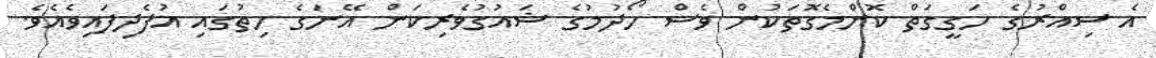
އެ ސިއްރުގެ ހަގީގަތް ކޮންމެގޮތަކުން ވެސް ހޯދުމުގެ ޝައުގުވެރިކަން އޭނަގެ ހިތުގައި އުފެދިފައިވެއެވެ.